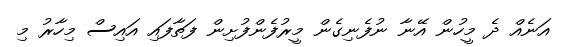
އަނެއް ދެ މީހުން އޭނާ ނުފެނިގެން މީރުފެންފުށިން ފަތާފައި އައިސް މިހާރު މި